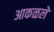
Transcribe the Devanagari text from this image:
आकळले